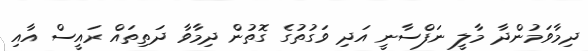
ދިމާވަމުންދާ މާލީ ނަފްސާނީ އަދި ވަގުތުގެ ގޮތުން ދިމާވާ ދަތިތައް ރައީސް އާއި